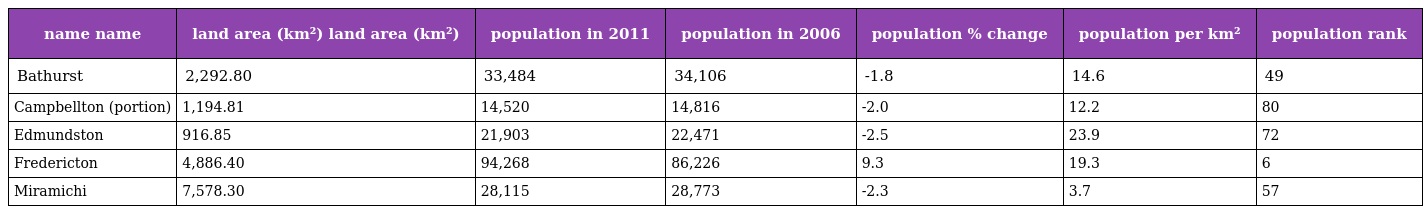
| name name | land area (km²) land area (km²) | population in 2011 | population in 2006 | population % change | population per km² | population rank |
 | --- | --- | --- | --- | --- | --- | --- |
 | Bathurst | 2,292.80 | 33,484 | 34,106 | -1.8 | 14.6 | 49 |
 | Campbellton (portion) | 1,194.81 | 14,520 | 14,816 | -2.0 | 12.2 | 80 |
 | Edmundston | 916.85 | 21,903 | 22,471 | -2.5 | 23.9 | 72 |
 | Fredericton | 4,886.40 | 94,268 | 86,226 | 9.3 | 19.3 | 6 |
 | Miramichi | 7,578.30 | 28,115 | 28,773 | -2.3 | 3.7 | 57 |